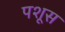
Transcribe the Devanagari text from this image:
पशूस